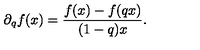
\partial _ { q } f ( x ) = \frac { f ( x ) - f ( q x ) } { ( 1 - q ) x } .